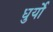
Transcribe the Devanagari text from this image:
धुर्यो